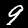
Label: 9